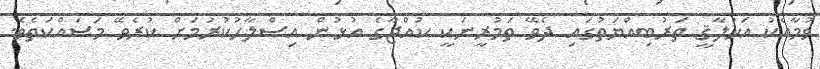
ވުމާއެކު އަޚުލާޤީ ތަރުބިއްޔަތުގައި ދެވޭ ތަމުރީނަކީ ކުއްޖާގެ އުޅުން އިސްލާޙުކުރުމަށް ކުރެވޭ މަސައްކަތެވެ.